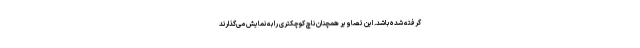
گرفته شده باشد. این تصاویر همچنان ناچ کوچکتری را به نمایش می‌گذارند